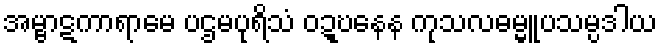
အမ္ဗာဋကာရာမေ ပဌမပုရိသံ ဝဍ္ဎနေန ကုသလဓမ္မူပသမ္ပဒါယ